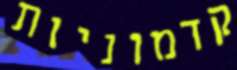
קדמוניות